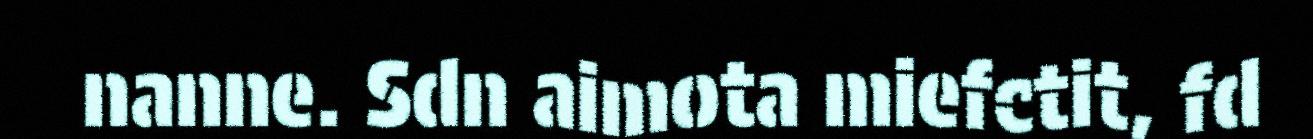
nanne. Sdn aimota miefctit, fd